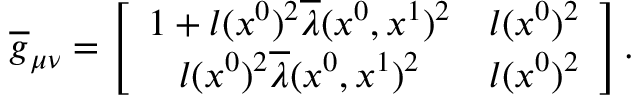
\overline { { { g } } } _ { \mu \nu } = \left[ \begin{array} { c c } { { 1 + l ( x ^ { 0 } ) ^ { 2 } \overline { { { \lambda } } } ( x ^ { 0 } , x ^ { 1 } ) ^ { 2 } } } & { { l ( x ^ { 0 } ) ^ { 2 } } } \\ { { l ( x ^ { 0 } ) ^ { 2 } \overline { { { \lambda } } } ( x ^ { 0 } , x ^ { 1 } ) ^ { 2 } } } & { { l ( x ^ { 0 } ) ^ { 2 } } } \end{array} \right] .